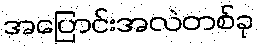
အပြောင်းအလဲတစ်ခု